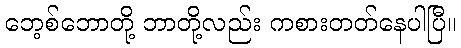
ဘေ့စ်ဘောတို့ ဘာတို့လည်း ကစားတတ်နေပါပြီ။